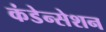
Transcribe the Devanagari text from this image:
कंडेन्सेशन